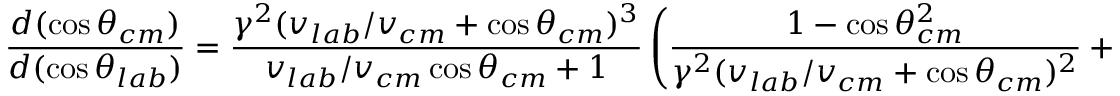
\frac { d ( \cos \theta _ { c m } ) } { d ( \cos \theta _ { l a b } ) } = \frac { \gamma ^ { 2 } ( v _ { l a b } / v _ { c m } + \cos \theta _ { c m } ) ^ { 3 } } { v _ { l a b } / v _ { c m } \cos \theta _ { c m } + 1 } \left( \frac { 1 - \cos \theta _ { c m } ^ { 2 } } { \gamma ^ { 2 } ( v _ { l a b } / v _ { c m } + \cos \theta _ { c m } ) ^ { 2 } } + 1 \right) ^ { 3 / 2 } ,